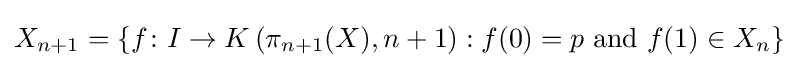
X_{n+1}=\left\{f\colon I\to K\left(\pi _{n+1}(X),n+1\right):f(0)=p{\text{ and }}f(1)\in X_{n}\right\}